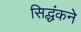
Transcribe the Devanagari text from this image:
सिद्धंकने